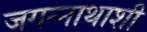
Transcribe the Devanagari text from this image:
जगन्नाथाशी